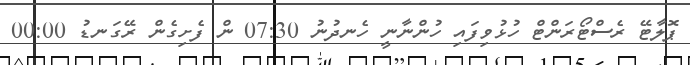
ޕޮލާޓޭ ރެސްޓޯރަންޓް ހުޅުވިފައި ހުންނާނީ ހެނދުނު 07:30 ން ފެށިގެން ރޭގަނޑު 00:00